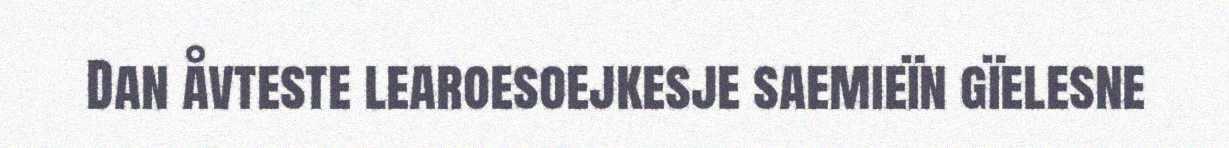
Dan åvteste learoesoejkesje saemieïn gïelesne